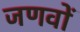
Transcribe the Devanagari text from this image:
जणवों